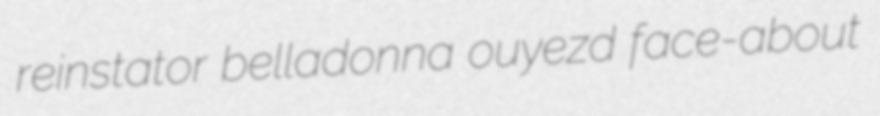
reinstator belladonna ouyezd face-about